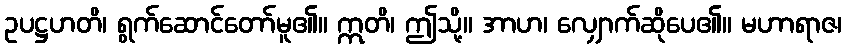
ဥပဋ္ဌဟတိ၊ ရွက်ဆောင်တော်မူ၏။ ဣတိ၊ ဤသို့။ အာဟ၊ လျှောက်ဆိုပေ၏။ မဟာရာဇ၊